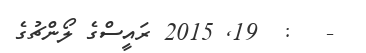
-   :  19